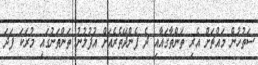
ސަތުހުން މައްޗަށް އެރި ތަންތާގައާއި ދެ ފެންދޭތެރެއަށް އުފުލުނު ތަންތަނުގައި މުރަކަ ފަދަ